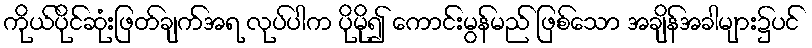
ကိုယ်ပိုင်ဆုံးဖြတ်ချက်အရ လုပ်ပါက ပိုမို၍ ကောင်းမွန်မည် ဖြစ်သော အချိန်အခါများ၌ပင်